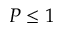
P \leq 1